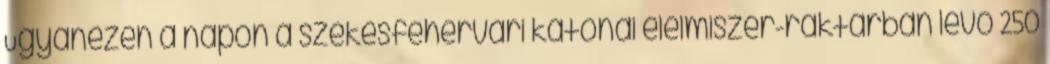
Ugyanezen a napon a székesfehérvári katonai élelmiszer-raktárban levő 250